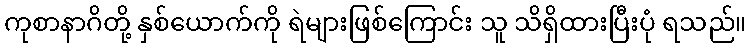
ကုစာနာဂိတို့ နှစ်ယောက်ကို ရဲများဖြစ်ကြောင်း သူ သိရှိထားပြီးပုံ ရသည်။